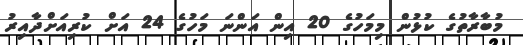
މުބާރާތުގެ ކުޅުން މިމަހުގެ 20 އިން އަންނަ މަހުގެ 24 އަށް ކުރިއަށްދާއިރު